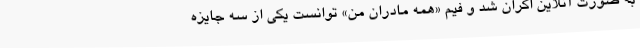
به صورت آنلاین اکران شد و فیم «همه مادران من» توانست یکی از سه جایزه